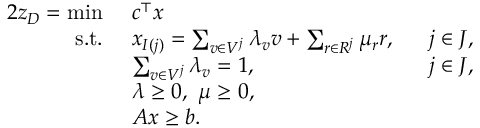
\begin{array} { r l r } { { 2 } z _ { D } = \operatorname* { m i n } \ } & { c ^ { \top } x } \\ { \mathrm { s . t . ~ } } & { x _ { I ( j ) } = \sum _ { v \in V ^ { j } } \lambda _ { v } v + \sum _ { r \in R ^ { j } } \mu _ { r } r , ~ ~ } & { j \in J , } \\ & { \sum _ { v \in V ^ { j } } \lambda _ { v } = 1 , } & { j \in J , } \\ & { \lambda \geq 0 , ~ \mu \geq 0 , } \\ & { A x \geq b . } \end{array}